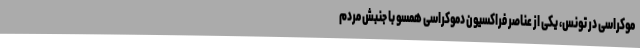
موکراسی در تونس، یکی از عناصر فراکسیون‌ دموکراسی همسو با جنبش مردم